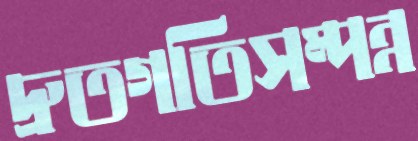
দ্রুতগতিসম্পন্ন